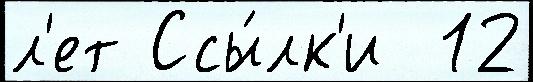
л'ет Ссы́лк'и  12